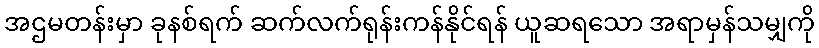
အဌမတန်းမှာ ခုနစ်ရက် ဆက်လက်ရုန်းကန်နိုင်ရန် ယူဆရသော အရာမှန်သမျှကို